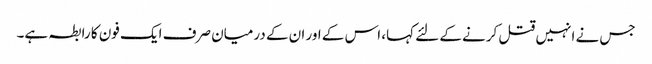
جس نے انہیں قتل کرنے کے لئے کہا، اس کے اور ان کے درمیان صرف ایک فون کا رابطہ ہے۔